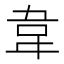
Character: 韋